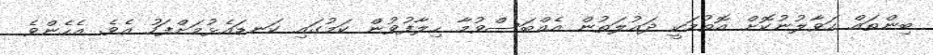
ބިންތައް ހަވާލުނުކޮށް އޮތުމަކީ ދައުލަތުން އެއްބަސްވުމާ ހިލާފުވުން ކަމުގައި ކަނޑައެޅުމަށްފަހު އެވެ. އެހެންވެ